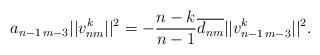
LaTeX: \begin{align*} a_{n-1\,m-3}||v_{nm}^k||^2= -\frac{n-k}{n-1}\overline{d_{nm}}||v_{n-1\,m-3}^k||^2.\end{align*}